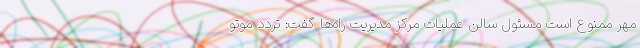
مهر ممنوع است مسئول سالن عملیات مرکز مدیریت راه‌ها گفت: تردد موتو